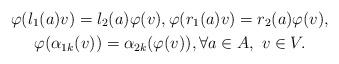
LaTeX: \begin{gather*} \varphi( l_1(a)v ) = l_2(a) \varphi(v), \varphi( r_1(a)v ) = r_2(a) \varphi(v), \\ \varphi( \alpha_{1k}(v) ) = \alpha_{2k}( \varphi(v) ), \forall a \in A, \ v \in V. \end{gather*}